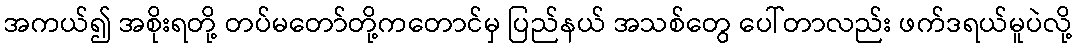
အကယ်၍ အစိုးရတို့ တပ်မတော်တို့ကတောင်မှ ပြည်နယ် အသစ်တွေ ပေါ်တာလည်း ဖက်ဒရယ်မူပဲလို့